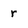
Character: r